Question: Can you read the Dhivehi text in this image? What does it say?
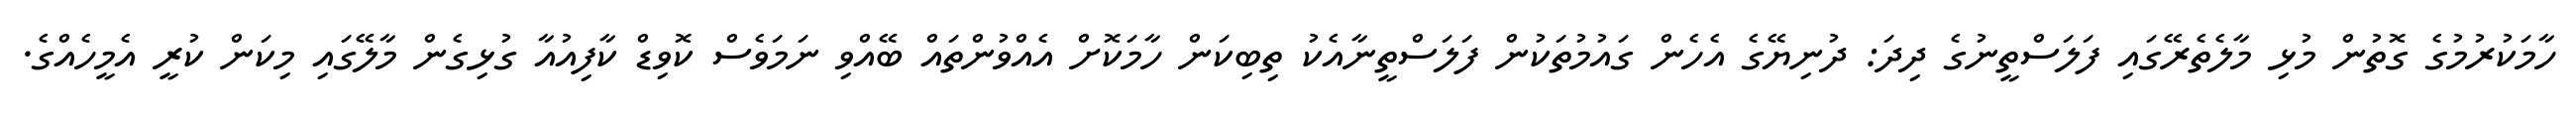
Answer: ހާމަކުރުމުގެ ގޮތުން މުޅި މާލެތެރޭގައި ފަލަސްތީނުގެ ދިދަ: ދުނިޔޭގެ އެހެން ގައުމުތަކުން ފަލަސްތީނާއެކު ތިބިކަން ހާމަކޮށް އެއްވުންތައް ބޭއްވި ނަމަވެސް ކޮވިޑް ކާފިއުއާ ގުޅިގެން މާލޭގައި މިކަން ކުރީ އެމީހެއްގެ.